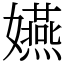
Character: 嬿